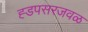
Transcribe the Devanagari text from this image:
ह्डपसरजवळ